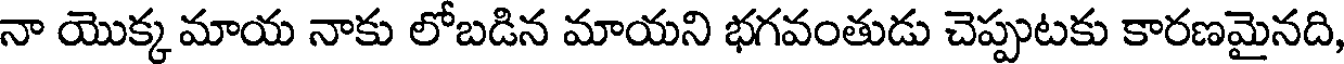
నా యొక్క మాయ నాకు లోబడిన మాయని భగవంతుడు చెప్పుటకు కారణమైనది,